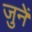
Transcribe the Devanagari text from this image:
जुनें